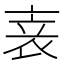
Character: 𬡏